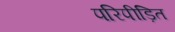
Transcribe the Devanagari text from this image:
परिपीड़ित